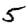
Digit: 5